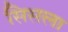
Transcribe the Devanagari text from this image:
सिसला